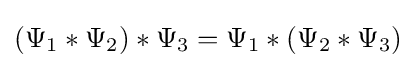
\left(\Psi _{1}*\Psi _{2}\right)*\Psi _{3}=\Psi _{1}*(\Psi _{2}*\Psi _{3})